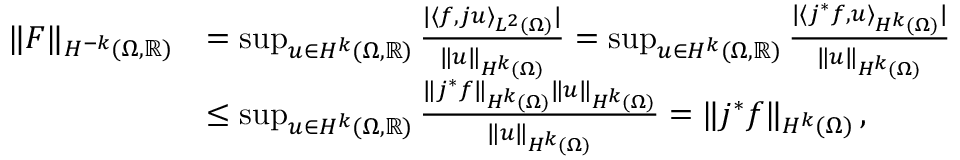
\begin{array} { r l } { \| F \| _ { H ^ { - k } ( \Omega , \mathbb { R } ) } } & { = \operatorname* { s u p } _ { u \in { H ^ { k } ( \Omega , \mathbb { R } ) } } \frac { | \langle f , j u \rangle _ { L ^ { 2 } ( \Omega ) } | } { \| u \| _ { H ^ { k } ( \Omega ) } } = \operatorname* { s u p } _ { u \in { H ^ { k } ( \Omega , \mathbb { R } ) } } \frac { | \langle j ^ { * } f , u \rangle _ { H ^ { k } ( \Omega ) } | } { \| u \| _ { H ^ { k } ( \Omega ) } } } \\ & { \leq \operatorname* { s u p } _ { u \in { H ^ { k } ( \Omega , \mathbb { R } ) } } \frac { \| j ^ { * } f \| _ { H ^ { k } ( \Omega ) } \| u \| _ { H ^ { k } ( \Omega ) } } { \| u \| _ { H ^ { k } ( \Omega ) } } = \| j ^ { * } f \| _ { H ^ { k } ( \Omega ) } \, , } \end{array}